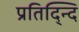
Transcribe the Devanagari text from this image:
प्रतिद्न्दि